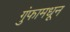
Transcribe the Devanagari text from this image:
गुंफामधून